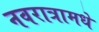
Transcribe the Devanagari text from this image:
नवरात्रामधे